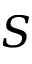
S